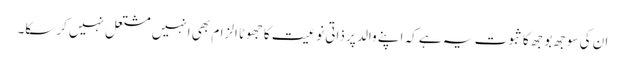
ان کی سوجھ بوجھ کا ثبوت یہ ہے کہ اپنے والد پر ذاتی نوعیت کا جھوٹا الزام بھی انہیں مشتعل نہیں کرسکا۔